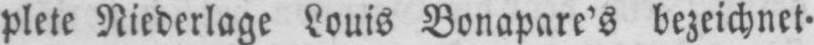
plete Niederlage Louis Bonapare’s bezeichnet⸗